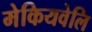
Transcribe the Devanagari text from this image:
मेकियवेलि